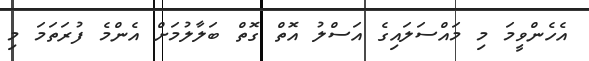
އެހެންވީމަ މި މައްސަލައިގެ އަސްލު އޮތް ގޮތް ބަލާލުމަށް އެންމެ ފުރަތަމަ މި